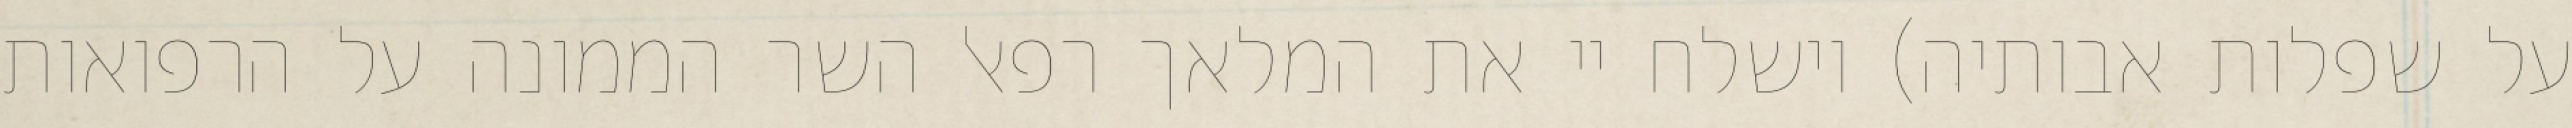
על שפלות אבותיה) וישלח יי את המלאך רפאל השר הממונה על הרפואות